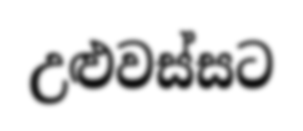
උළුවස්සට